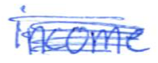
Text: income
Cross-out: scratch
Writing tool: ballpoint